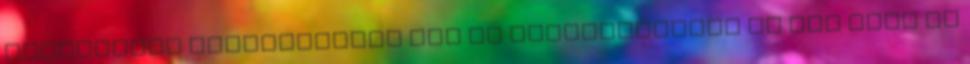
dekódolási reményeinket meg ne ébresztgessük Ez itt fent az